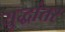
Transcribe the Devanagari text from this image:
युद्धांतर